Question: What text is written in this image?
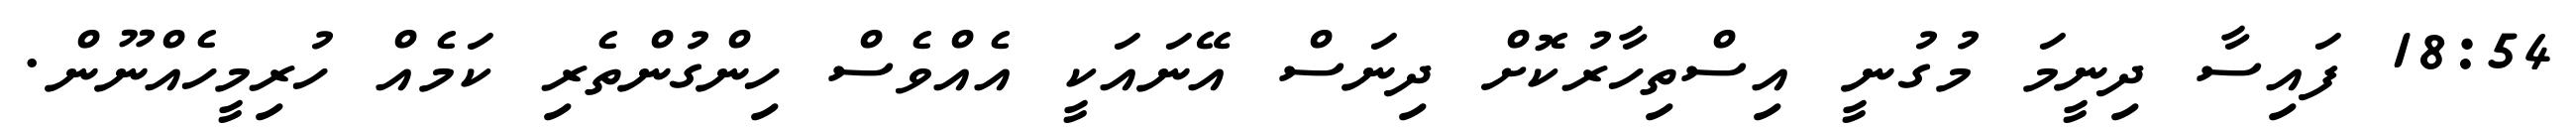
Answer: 18:54 ފައިސާ ދިނީމަ މުގުނީ އިސްތިހާރުކޮށް ދިނަސް އޭނައަކީ އެއްވެސް ހިންގުންތެރި ކަމެއް ހުރިމީހެއްނޫން.